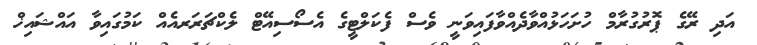
އަދި ރޭގެ ޕޮރުގުރާމް ހުށަހަޅުއްވާދެއްވާފައިވަނީ ވެސް ފެކަލްޓީގެ އެސޯސިއޭޓް ލެކްޗަރަރއެއް ކަމުގައިވާ އައްޝައިޚް